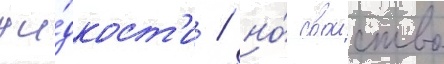
жи́дкост'и / но́ своиство